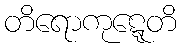
တိရောကုဋ္ဋေတိ